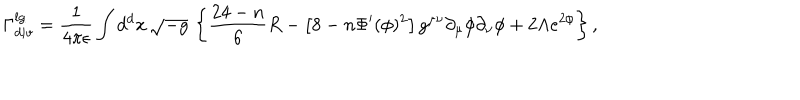
\Gamma _ { d i v } ^ { l g } = \frac { 1 } { 4 \pi \epsilon } \int d ^ { d } x \, \sqrt { - g } \, \left\{ \frac { 2 4 - n } { 6 } R - \left[ 8 - n \Phi ^ { \prime } ( \phi ) ^ { 2 } \right] g ^ { \mu \nu } \partial _ { \mu } \phi \partial _ { \nu } \phi + 2 \Lambda e ^ { 2 \phi } \right\} ,